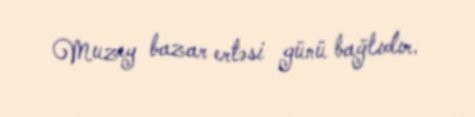
Muzey bazar ertəsi günü bağlıdır.